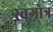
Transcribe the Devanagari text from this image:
स्वगोत्र